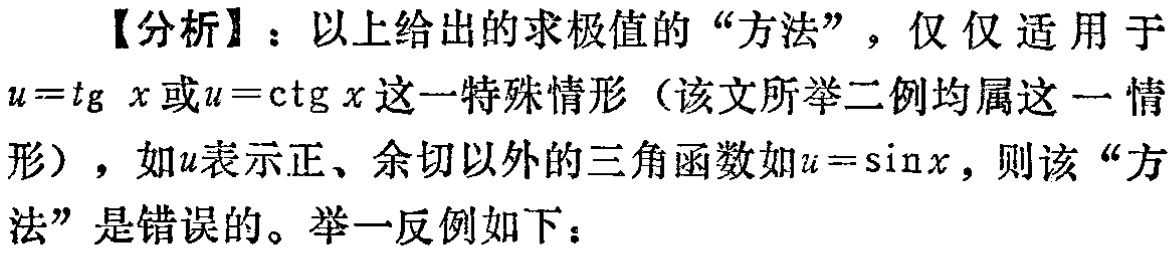
【分析】：以上给出的求极值的“方法”，仅仅适用于

\(u = \mathrm{tg}\ x\)或\(u = \mathrm{ctg}\ x\)这一特殊情形（该文所举二例均属这一情

形），如\(u\)表示正、余切以外的三角函数如\(u = \sin x\)，则该“方

法”是错误的。举一反例如下：